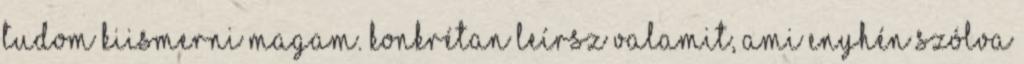
tudom kiismerni magam. Konkrétan leírsz valamit, ami enyhén szólva